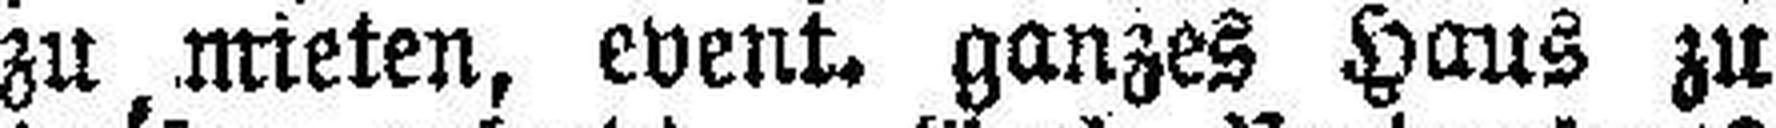
zu mieten, event. ganzes Haus zu